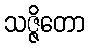
သဇ္ဇိတော